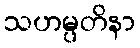
သဟမ္ပတိနာ